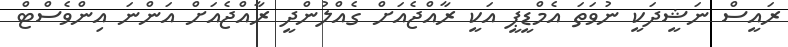
ރައީސް ނަޝީދަކީ ނުވަތަ އެމްޑީޕީ އަކީ ރާއްޖެއަށް ގެއްލުންދީ ރާއްޖެއަށް އަންނަ އިންވެސްޓް